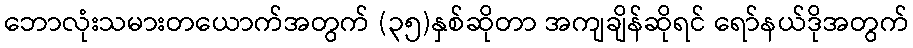
ဘောလုံးသမားတယောက်အတွက် (၃၅)နှစ်ဆိုတာ အကျချိန်ဆိုရင် ရော်နယ်ဒိုအတွက်